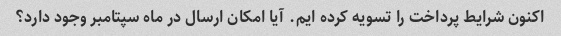
اکنون شرایط پرداخت را تسویه کرده ایم. آیا امکان ارسال در ماه سپتامبر وجود دارد؟